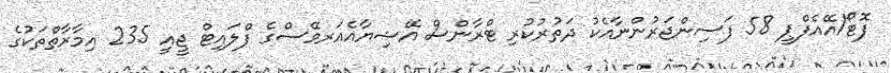
ފޮޓޯ/އޭއެފްޕީ 58 ފަސިންޖަރުންނާއެކު ދަތުރުކުރި ޓްރާންސް އޭޝިޔާއެއަރވޭސްގެ ފްލައިޓް ޖީއީ 235 އިމާރާތްތަކުގެ